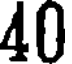
40